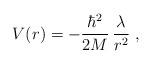
LaTeX: \begin{align*}V ( r ) = - \frac{\hbar^{2}}{2M}\, \frac{\lambda}{ r^{2} } \; ,\end{align*}